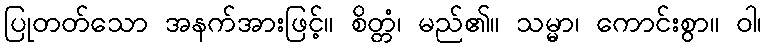
ပြုတတ်သော အနက်အားဖြင့်။ စိတ္တံ၊ မည်၏။ သမ္မာ၊ ကောင်းစွာ။ ဝါ၊